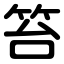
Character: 笞